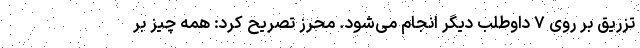
تزریق بر روی ۷ داوطلب دیگر انجام می‌شود. محرز تصریح کرد: همه چیز بر